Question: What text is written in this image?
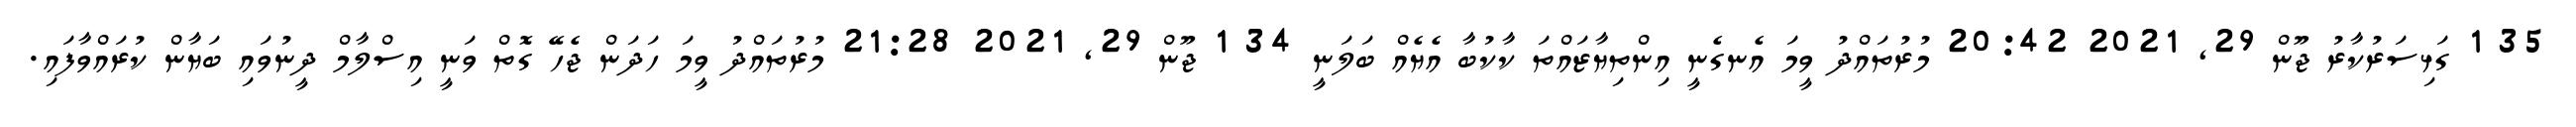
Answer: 35 1 ގަޅިސަރުކާރު ޖޫން 29, 2021 20:42 މުރުތައްދު ވީމަ އެނގެނީ އިންތިޔާޒައްތަ ކާކުބާ އެޔެއް ބަލަނީ 34 1 ޖޫން 29, 2021 21:28 މުރުތައްދު ވީމަ ހަދަން ޖެހޭ ގޮތް ވަނީ އިސްލާމް ދީނުވައި ބަޔާން ކުރައްވާފައި.